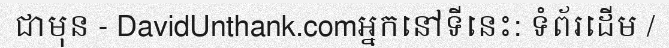
ជាមុន - DavidUnthank.comអ្នកនៅទីនេះ: ទំព័រដើម /